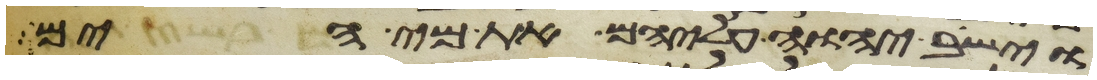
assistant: וישב יהוה עליהם את מי הים